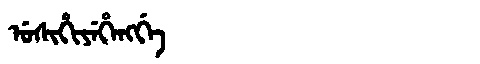
Manchu: ᡠᠰᡳᡥᡳᠶᡝᡥᡝᠩᡤᡝ
Romanization: USIHIYEHENGGE